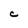
Character: C